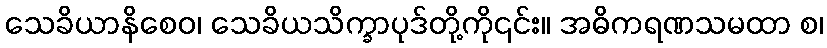
သေခိယာနိစေဝ၊ သေခိယသိက္ခာပုဒ်တို့ကို၎င်း။ အဓိကရဏသမထာ စ၊